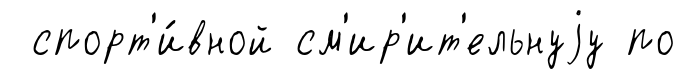
спорт'и́вной см'ир'ит'ельнуjу по